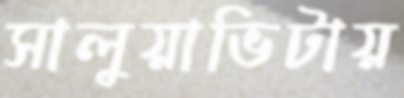
সালুয়াভিটায়